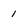
Character: 1